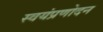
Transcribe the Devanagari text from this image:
स्वयंप्रणोदन